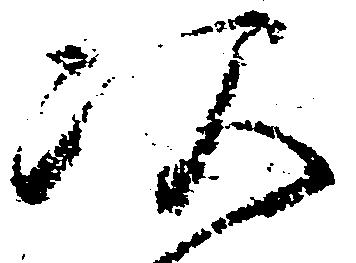
次